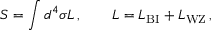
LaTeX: S = \int d ^ { 4 } \sigma { \cal L } \, , \qquad { \cal L } = { \cal L } _ { \mathrm { B I } } + { \cal L } _ { \mathrm { W Z } } \, ,